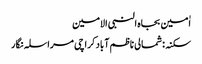
اٰمین بجاہ النبی الامین
سکنہ: شمالی ناظم آباد کراچی مراسلہ نگار